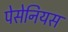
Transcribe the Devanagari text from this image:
पेसेनियस